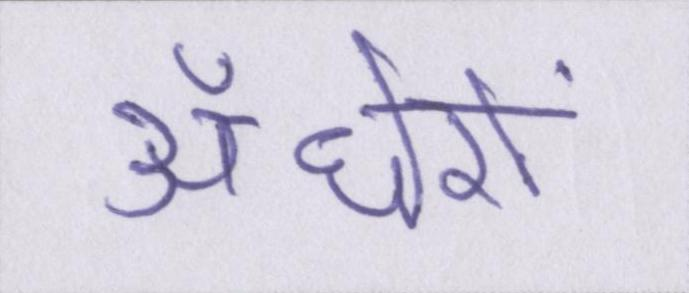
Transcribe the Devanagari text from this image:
अँधेरों